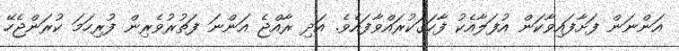
އަންނަން ފަށާފައިވާކަން އުފަލާއެކު ފާހަގަކުރައްވާފައެވެ. އަދި ރާއްޖެ އަންނަ ފަތުރުވެރިން ފުރިހަމަ ކުރަންޖެހޭ